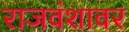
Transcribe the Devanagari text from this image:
राजवंशावर